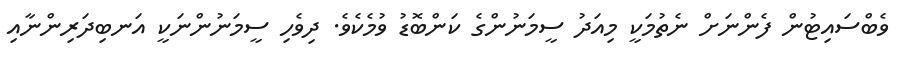
ވެބްސައިޓުން ފެންނަށް ނެތުމަކީ މިއަދު ސީމަނުންގެ ކަންބޮޑު ވުމެކެވެ. ދިވެހި ސީމަނުންނަކީ އަނބިދަރިންނާއި